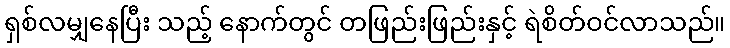
ရှစ်လမျှနေပြီး သည့် နောက်တွင် တဖြည်းဖြည်းနှင့် ရဲစိတ်ဝင်လာသည်။